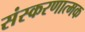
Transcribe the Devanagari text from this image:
संस्करणात्मक